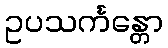
ဥပသင်္ကန္တော